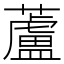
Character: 蘆